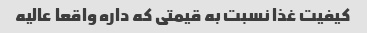
کیفیت غذا نسبت به قیمتی که داره واقعا عالیه